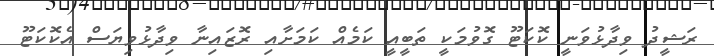
ރަޝީދު ވިދާޅުވަނީ ކޮކަޓޫ ގޮވުމަކީ ތަބީއީ ކަމެއް ކަމަށާއި ރޮޒައިނާ ވިދާޅުވިޔަސް އެކޮކަޓޫ